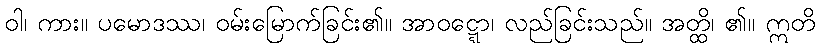
ဝါ၊ ကား။ ပမောဒဿ၊ ဝမ်းမြောက်ခြင်း၏။ အာဝဋ္ဋော၊ လည်ခြင်းသည်။ အတ္ထိ၊ ၏။ ဣတိ